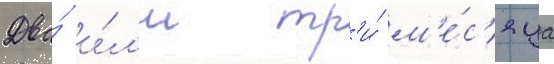
Два́ и́л'и тр'и́ м'е́с'яца